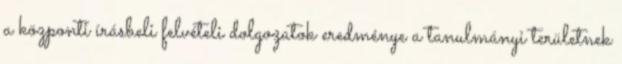
a központi írásbeli felvételi dolgozatok eredménye a tanulmányi területnek